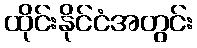
ထိုင်းနိုင်ငံအတွင်း